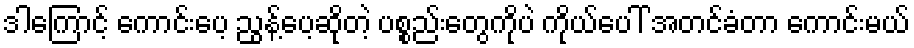
ဒါကြောင့် ကောင်းပေ့ ညွန့်ပေ့ဆိုတဲ့ ပစ္စည်းတွေကိုပဲ ကိုယ်ပေါ် အတင်ခံတာ ကောင်းမယ်